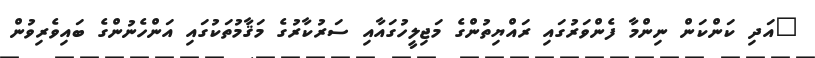
"އަދި ކަންކަން ނިންމާ ފެންވަރުގައި ރައްޔިތުންގެ މަޖިލީހުގައާއި ސަރުކާރުގެ މަޤާމުތަކުގައި އަންހެނުންގެ ބައިވެރިވުން